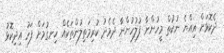
ދެކޮޅަށް އިއްޔެ ނުކުތް މީހުންނާ ފުލުހުންނާ ދެމެދު ކުރިމަތިލުންތަކެއް ހިނގުމަށް ފަހު އިދިކޮޅު